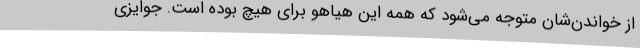
از خواندن‌شان متوجه می‌شود که همه این هیاهو برای هیچ بوده است. جوایزی